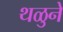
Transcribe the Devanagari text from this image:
थळुने